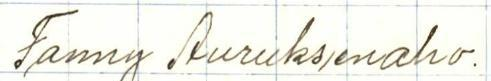
Fanny Auruksenaho